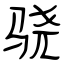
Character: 骁